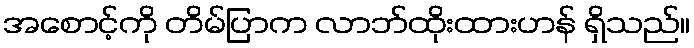
အစောင့်ကို တိမ်ပြာက လာဘ်ထိုးထားဟန် ရှိသည်။